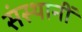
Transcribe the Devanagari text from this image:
संस्थानीं